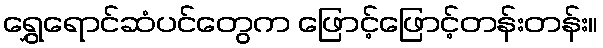
ရွှေရောင်ဆံပင်တွေက ဖြောင့်ဖြောင့်တန်းတန်း။